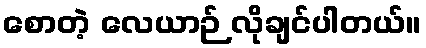
စောတဲ့ လေယာဉ် လိုချင်ပါတယ်။